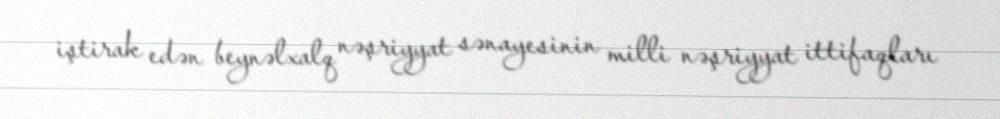
iştirak edən beynəlxalq nəşriyyat sənayesinin milli nəşriyyat ittifaqları